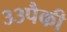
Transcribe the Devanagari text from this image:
३३पैकी